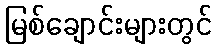
မြစ်ချောင်းများတွင်